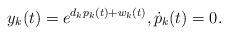
LaTeX: \begin{align*}y_k(t)=e^{d_k p_k(t) + w_k(t)}, \dot{p}_k(t)=0.\end{align*}